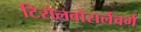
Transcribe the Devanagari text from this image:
टिरोलवोरार्लवर्ग